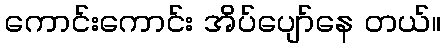
ကောင်းကောင်း အိပ်ပျော်နေ တယ်။